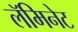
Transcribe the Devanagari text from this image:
लॅमिनेट